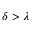
\delta > \lambda